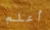
أعلم